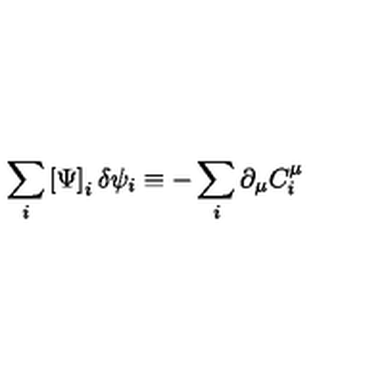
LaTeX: \sum _ { i } \left[ \Psi \right] _ { i } \delta \psi _ { i } \equiv - \sum _ { i } \partial _ { \mu } C _ { i } ^ { \mu }